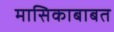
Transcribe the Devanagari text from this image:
मासिकाबाबत